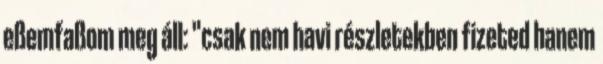
eßemfaßom meg áll: "csak nem havi részletekben fizeted hanem